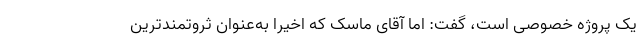
یک پروژه خصوصی است، گفت: اما آقای ماسک که اخیراً به‌عنوان ثروتمندترین